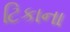
ટિકાના